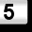
Digit: 5